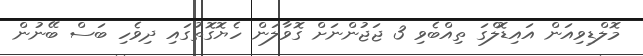
މޮލްޑިވިއަން އައިޑޮލްގަ ތިއްބެވި 3 ޖަޖުންނަށް ގޮވާލަން ހެޔޮގޮތުގައި ދިވެހި ބަސް ބޭނުން